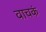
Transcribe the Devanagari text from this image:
वाचकं